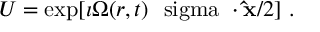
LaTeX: U = \exp [ \imath \Omega ( r , t ) \mathrm { \boldmath ~ \ s i g m a ~ } \cdot { \bf \hat { x } } / 2 ] \ .